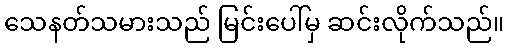
သေနတ်သမားသည် မြင်းပေါ်မှ ဆင်းလိုက်သည်။